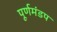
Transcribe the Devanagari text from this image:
पूर्णमंडप